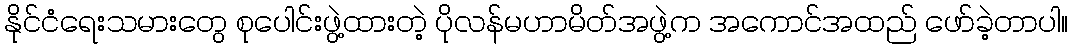
နိုင်ငံရေးသမားတွေ စုပေါင်းဖွဲ့ထားတဲ့ ပိုလန်မဟာမိတ်အဖွဲ့က အကောင်အထည် ဖော်ခဲ့တာပါ။